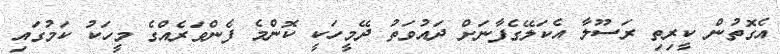
އެގޮތުން ކީރިތި ރަސޫލާ އެކަލޭގެފާނަށް ދައުވަތު ދޭމީހަކީ ކޮންމެ ފެންވަރެއްގެ މީހަކު ކަމުގައި